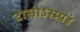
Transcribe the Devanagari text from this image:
दासोऽस्म्यहं